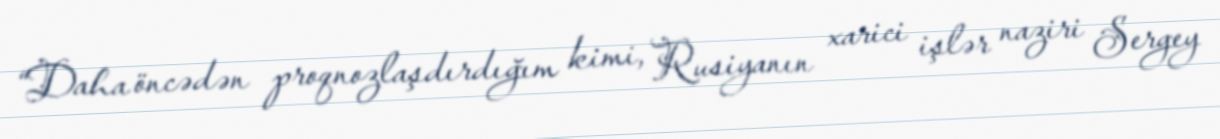
“Daha öncədən proqnozlaşdırdığım kimi, Rusiyanın xarici işlər naziri Sergey